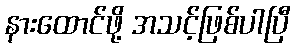
နားထောင်ဖို့ အသင့်ဖြစ်ပါပြီ